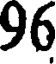
96